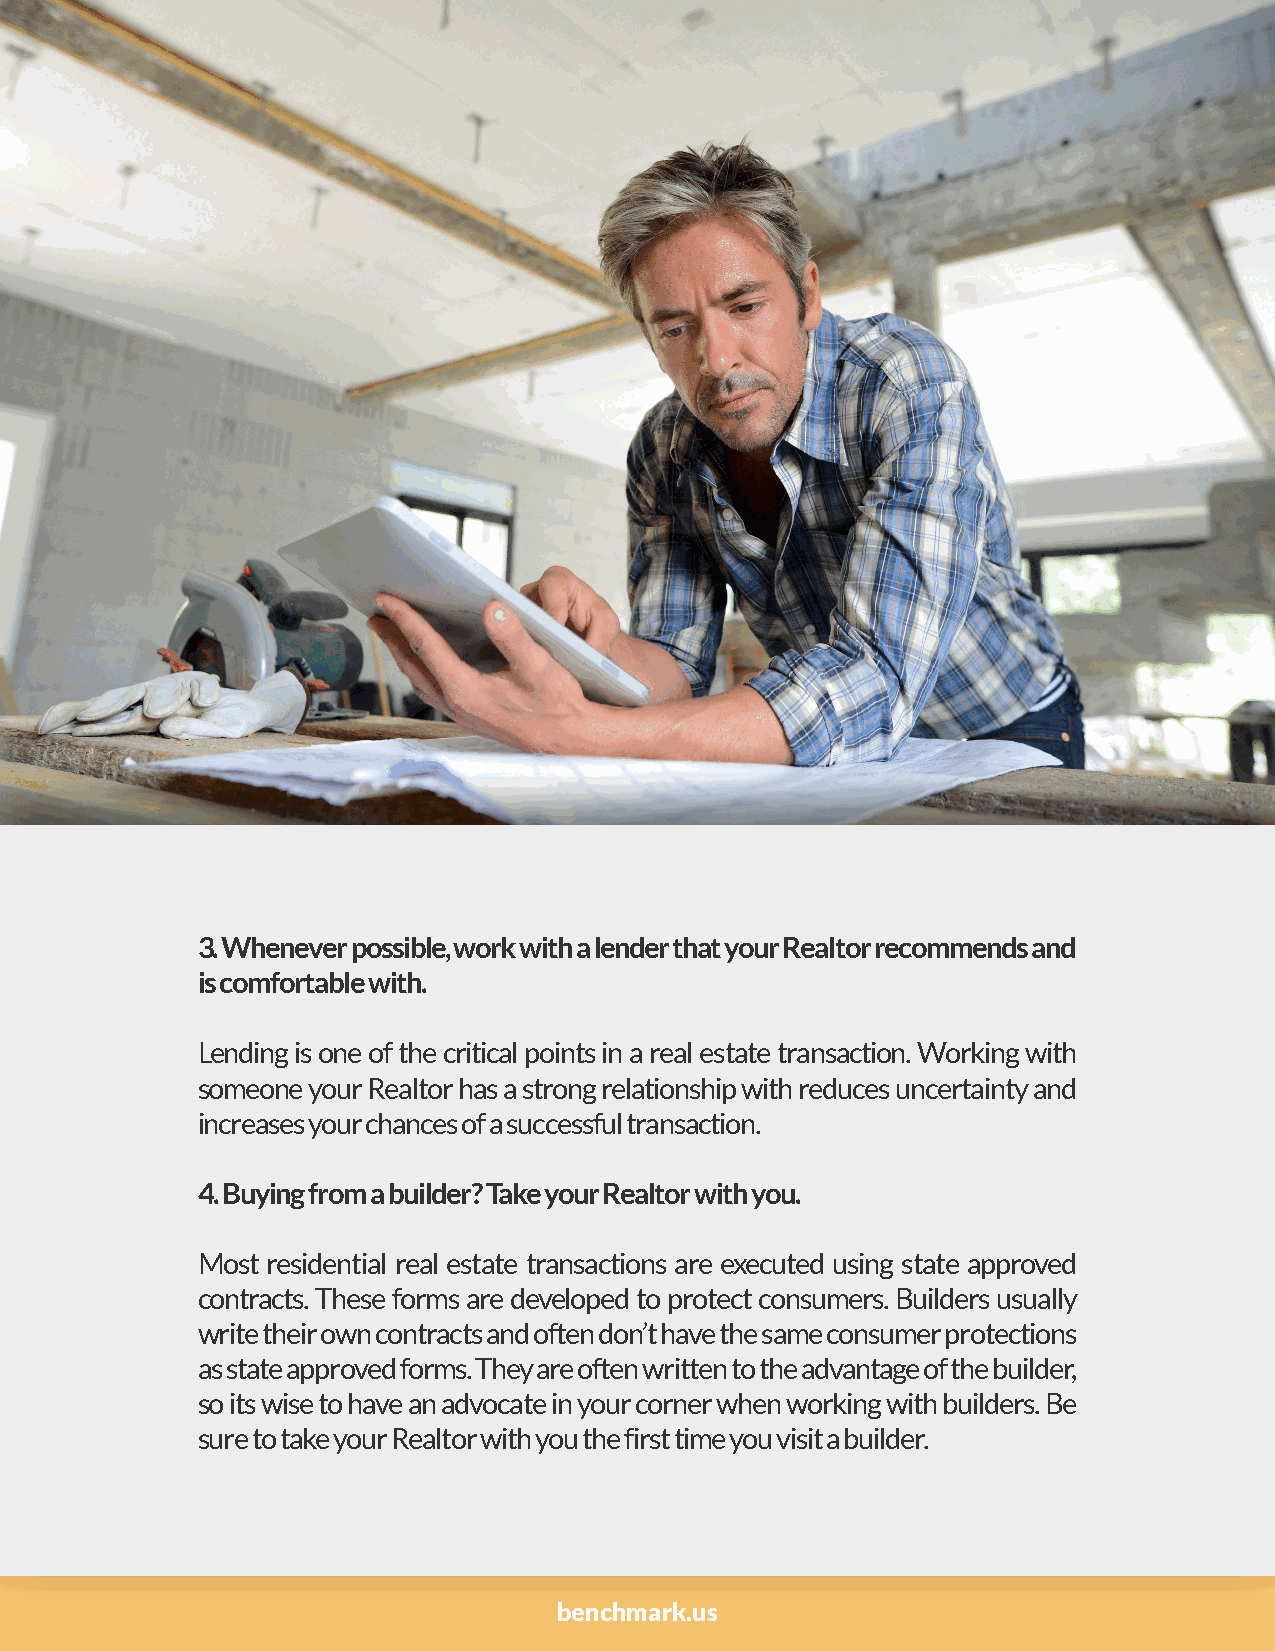
3. Whenever possible, work with a lender that your Realtor recommends and
 is comfortable with.
 Lending is one of the critical points in a real estate transaction. Working with
 someone your Realtor has a strong relationship with reduces uncertainty and
 increases your chances of a successful transaction.
 4. Buying from a builder? Take your Realtor with you.
 Most residential real estate transactions are executed using state approved
 contracts. These forms are developed to protect consumers. Builders usually
 write their own contracts and often don’t have the same consumer protections
 as state approved forms. They are often written to the advantage of the builder,
 so its wise to have an advocate in your corner when working with builders. Be
 sure to take your Realtor with you the first time you visit a builder.
 benchmark.us